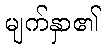
မျက်နှာ၏